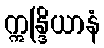
ဣန္ဒြိယာနံ